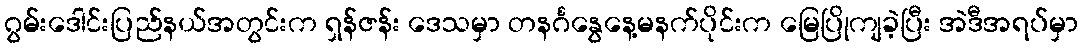
ဂွမ်းဒေါင်းပြည်နယ်အတွင်းက ရှန်ဇန်း ဒေသမှာ တနင်္ဂနွေနေ့မနက်ပိုင်းက မြေပြိုကျခဲ့ပြီး အဲဒီအရပ်မှာ